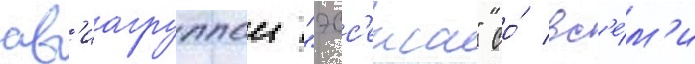
ав'иагруппои "эсс'екса" со́ вс'е́м'и